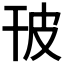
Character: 𤿊